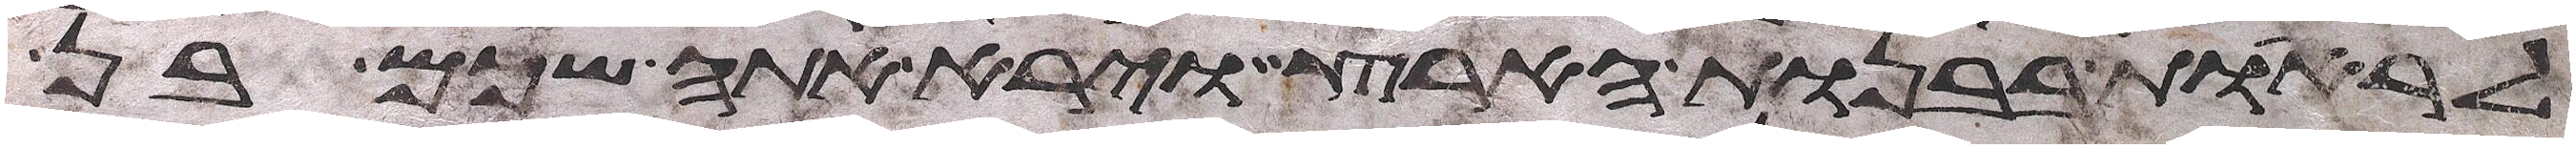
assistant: להראות בבנות הארץ וירא אתה שכם בן